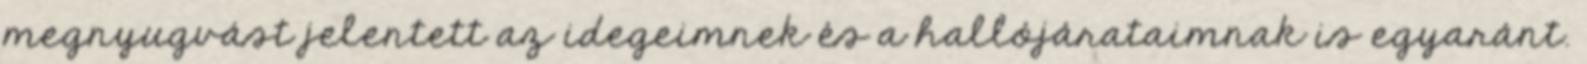
megnyugvást jelentett az idegeimnek és a hallójárataimnak is egyaránt.